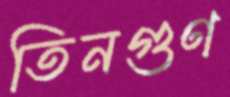
তিনগুণ